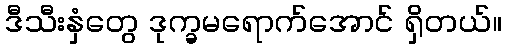
ဒီသီးနှံတွေ ဒုက္ခမရောက်အောင် ရှိတယ်။